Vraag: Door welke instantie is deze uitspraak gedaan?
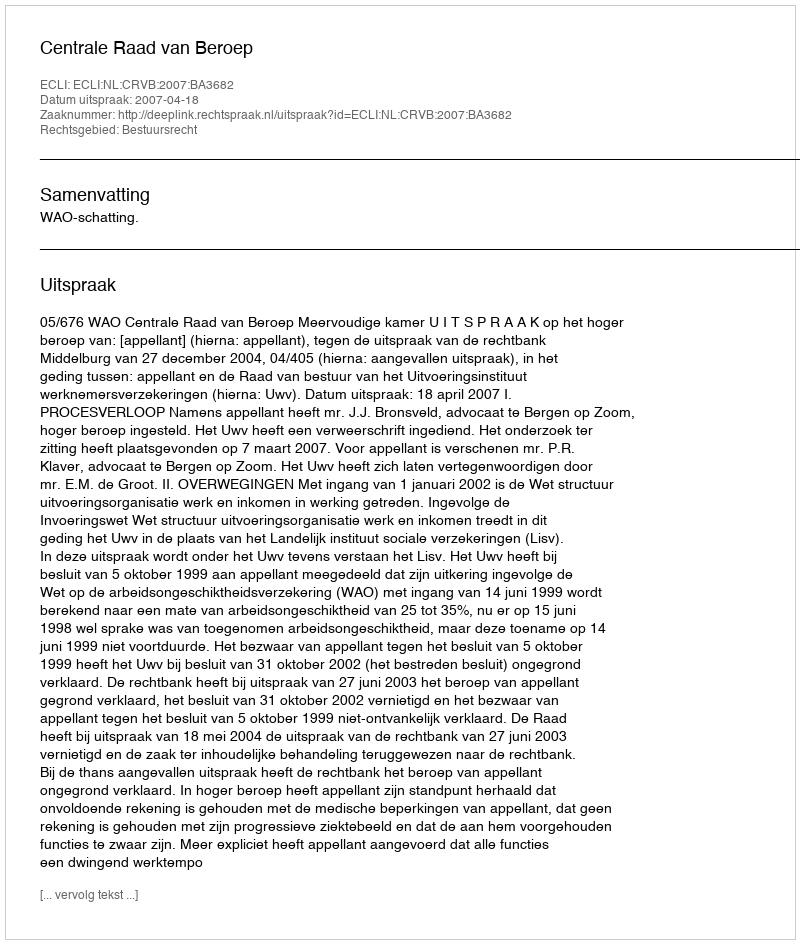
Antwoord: Centrale Raad van Beroep